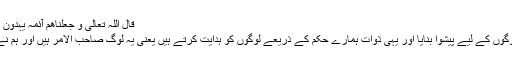
قال اللّٰہ تعالٰی و جعلناھم آئمہ یہدون بامرنا و اوحینا الیھم فعل الخیرات
ہم نے ان کو (بارہ اماموں کو ) لوگوں کے لیے پیشوا بنایا اور یہی ذوات ہمارے حکم کے ذریعے لوگوں کو ہدایت کرتے ہیں یعنی یہ لوگ صاحب الامر ہیں اور ہم نے ان پر تمام نیکیوں کو وحی کیا۔